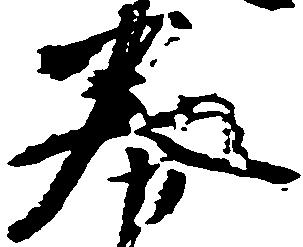
券